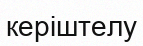
керіштелу